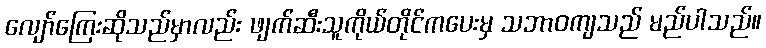
လျော်ကြေးဆိုသည်မှာလည်း ဖျက်ဆီးသူကိုယ်တိုင်ကပေးမှ သဘာဝကျသည် မည်ပါသည်။